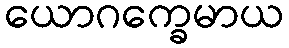
ယောဂက္ခေမာယ